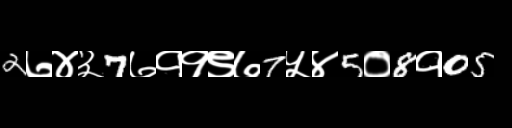
Text: 2७४३7७११९७7५४5०8१05